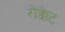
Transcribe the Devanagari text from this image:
रोक्केट